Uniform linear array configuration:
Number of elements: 16
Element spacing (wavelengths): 0.75
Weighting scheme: cosine
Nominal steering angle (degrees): -60
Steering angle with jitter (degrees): -60.764
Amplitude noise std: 0.05
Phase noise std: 0.05

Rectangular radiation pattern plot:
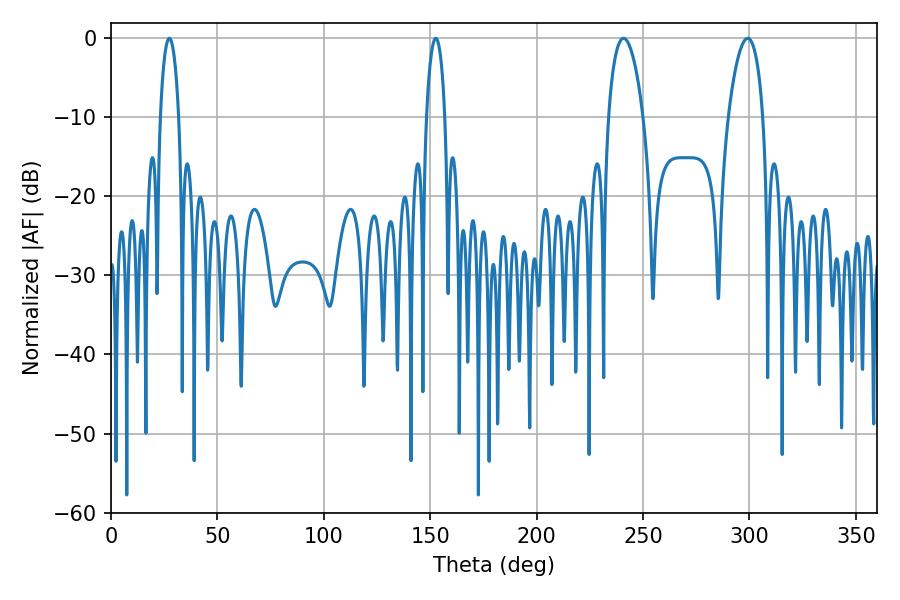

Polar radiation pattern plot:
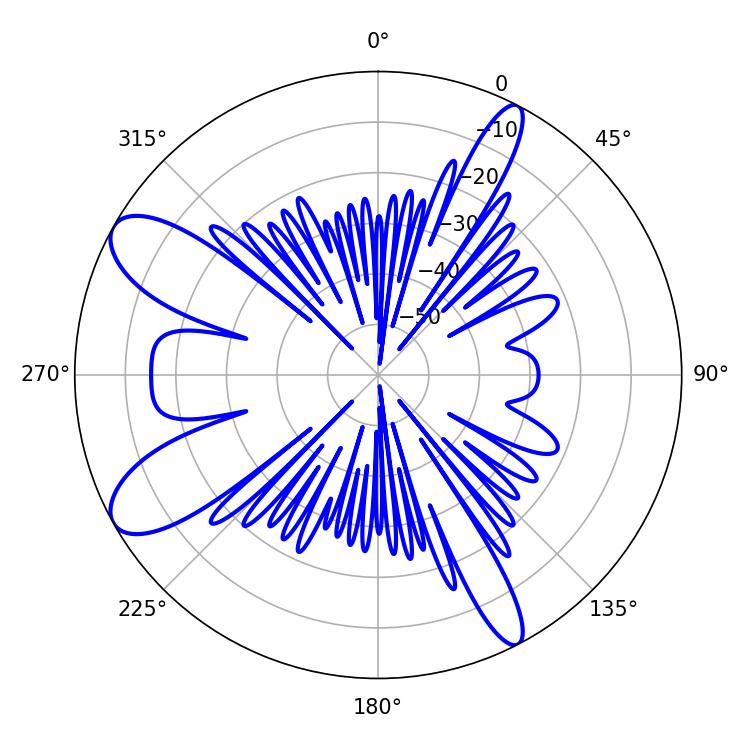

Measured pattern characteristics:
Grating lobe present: TRUE
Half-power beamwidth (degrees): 9.18
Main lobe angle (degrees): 299.16